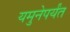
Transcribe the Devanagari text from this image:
यमुनेपर्यंत